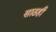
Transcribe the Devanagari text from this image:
साठही